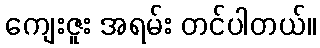
ကျေးဇူး အရမ်း တင်ပါတယ်။